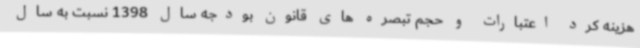
هزینه کرد اعتبارات و حجم تبصره های قانون بودجه سال 1398 نسبت به سال